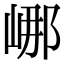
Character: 𡷙